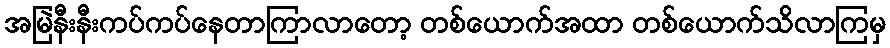
အမြဲနီးနီးကပ်ကပ်နေတာကြာလာတော့ တစ်ယောက်အထာ တစ်ယောက်သိလာကြမှ